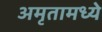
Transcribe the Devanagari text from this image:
अमृतामध्ये